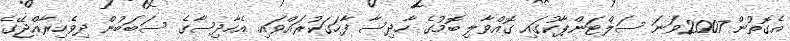
އެގޮތުން 2007ވަނަ ސަލްޓަންޕާކުގައި ގޮއްވާލި ބޮމުގެ ހާދިސާ ފާހަގަކުރައްވައި އެހާދިސާގެ ސަބަބުން ދިވެހިރާއްޖޭގެ